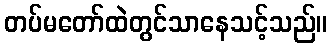
တပ်မတော်ထဲတွင်သာနေသင့်သည်။